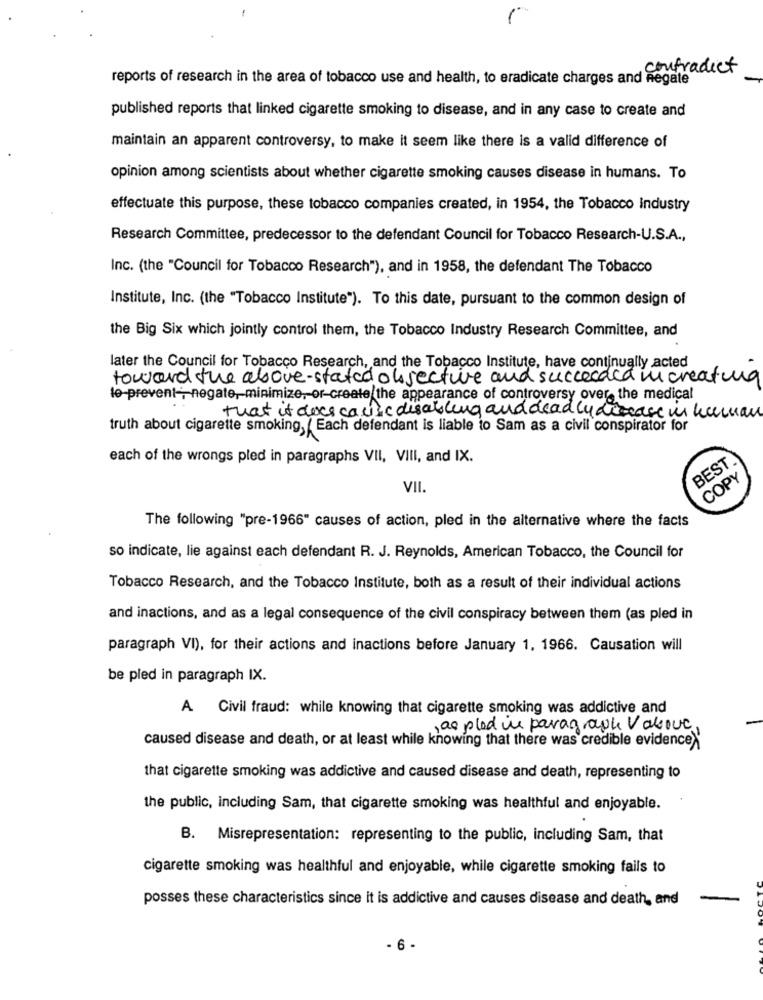
contradict
reports of research in the area of tobacco use and health, to eradicate charges and negate
published reports that linked cigarette smoking to disease, and in any case to create and
maintain an apparent controversy, to make it seem like there is a valid difference of
opinion among scientists about whether cigarette smoking causes disease in humans. To
effectuate this purpose, these tobacco companies created, in 1954, the Tobacco Industry
Research Committee, predecessor to the defendant Council for Tobacco Research-U.S.A .,
Inc. (the "Council for Tobacco Research"), and in 1958, the defendant The Tobacco
Institute, Inc. (the "Tobacco Institute"). To this date, pursuant to the common design of
the Big Six which jointly control them, the Tobacco Industry Research Committee, and
later the Council for Tobacco Research, and the Tobacco Institute, have continually acted
toward the above- stated objective and succeeded in creating
lo-prevent -, negate, minimize, or-create the appearance of controversy over, the medical
that it does causic disabling and dead ly disease in human
truth about cigarette smoking, { Each defendant is liable to Sam as a civil conspirator for
each of the wrongs pled in paragraphs VII, VIII, and IX.
BEST
COPY
VII.
The following "pre-1966" causes of action, pled in the alternative where the facts
so indicate, lie against each defendant R. J. Reynolds, American Tobacco, the Council for
Tobacco Research, and the Tobacco Institute, both as a result of their individual actions
and inactions, and as a legal consequence of the civil conspiracy between them (as pled in
paragraph VI), for their actions and inactions before January 1, 1966. Causation will
be pled in paragraph IX.
A Civil fraud: while knowing that cigarette smoking was addictive and
, as pled in paragraph Valove
caused disease and death, or at least while knowing that there was credible evidence "
that cigarette smoking was addictive and caused disease and death, representing to
the public, including Sam, that cigarette smoking was healthful and enjoyable.
B. Misrepresentation: representing to the public, including Sam, that
cigarette smoking was healthful and enjoyable, while cigarette smoking fails to
posses these characteristics since it is addictive and causes disease and death, and
- 6 -